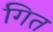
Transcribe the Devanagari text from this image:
गित